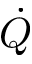
\dot { Q }